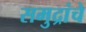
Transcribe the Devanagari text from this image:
समुद्रांचे